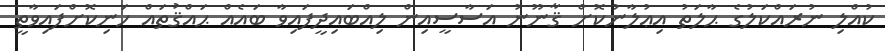
ކުއްލި ނުރައްކަލުގެ ޙާލަތު އިޢުލާނުކޮށް ޤާނޫނު އަސާސީއިން ލިއްބައިދީފައިވާ ބައެއް ޙައްޤުތައް ހަނިކޮށްފައިވާތީ